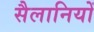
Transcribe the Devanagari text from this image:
सैलानियों